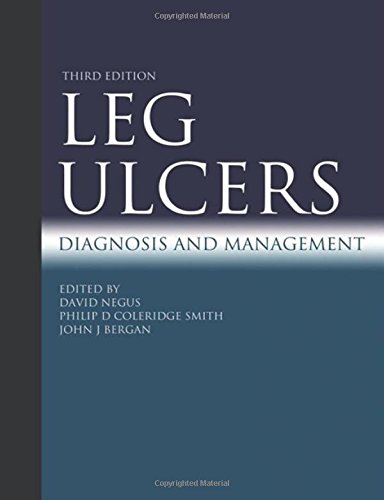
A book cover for Leg Ulcers 3Ed: Diagnosis and management (Hodder Arnold Publication); Health, Fitness & Dieting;